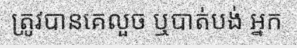
ត្រូវបានគេលួច ឬបាត់បង់ អ្នក